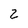
Character: 2